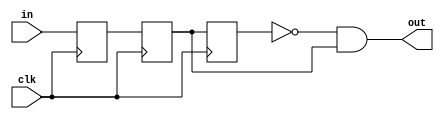
`timescale 1ns / 1ps

module button(
input clk, in,
output out
);
reg r1, r2, r3;
initial begin
r1 <= 0;
r2 <= 0;
r3 <= 0;
end
always @ (posedge clk) begin
r1 <= in;
r2 <= r1;
r3 <= r2;
end
assign out = ~r3 & r2;

endmodule